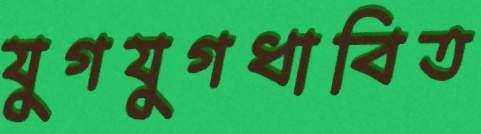
যুগযুগধাবিত